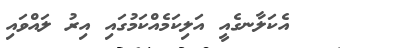
އެކަލާނގެއީ އަލިކަމެއްކަމުގައި އިރު ލައްވައި